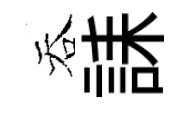
吞誄